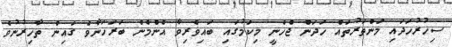
ސިހުރުހަދައި މަންތަރުތައް ހަދަން ޖެހެނީ މިކަމުގައި ބައިވެރިވާ އެންމެން ބަރަހަނާވެ ގައިން ތާހިރުނުވެ